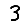
Digit: 3